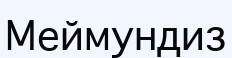
Меймундиз